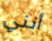
أنني